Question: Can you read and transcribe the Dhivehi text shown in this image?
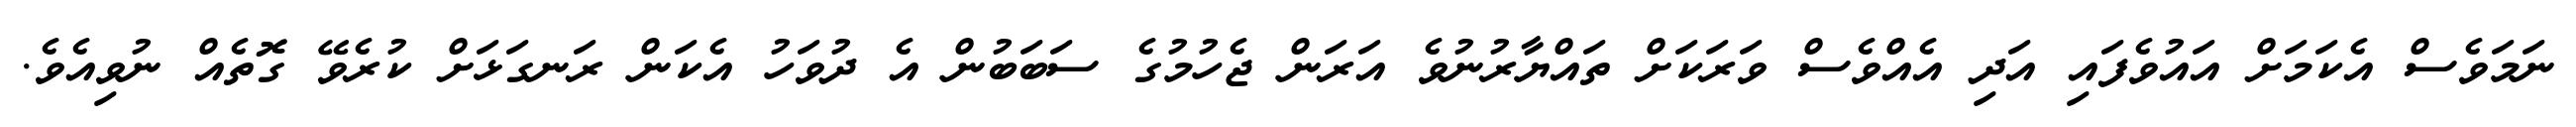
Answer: ނަމަވެސް އެކަމަށް އައުވެފައި އަދި އެއްވެސް ވަރަކަށް ތައްޔާރުނުވެ އަރަން ޖެހުމުގެ ސަބަބުން އެ ދުވަހު އެކަން ރަނގަޅަށް ކުރެވޭ ގޮތެއް ނުވިއެވެ.